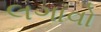
લગાવો